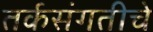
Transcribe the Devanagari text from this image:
तर्कसंगतीचे